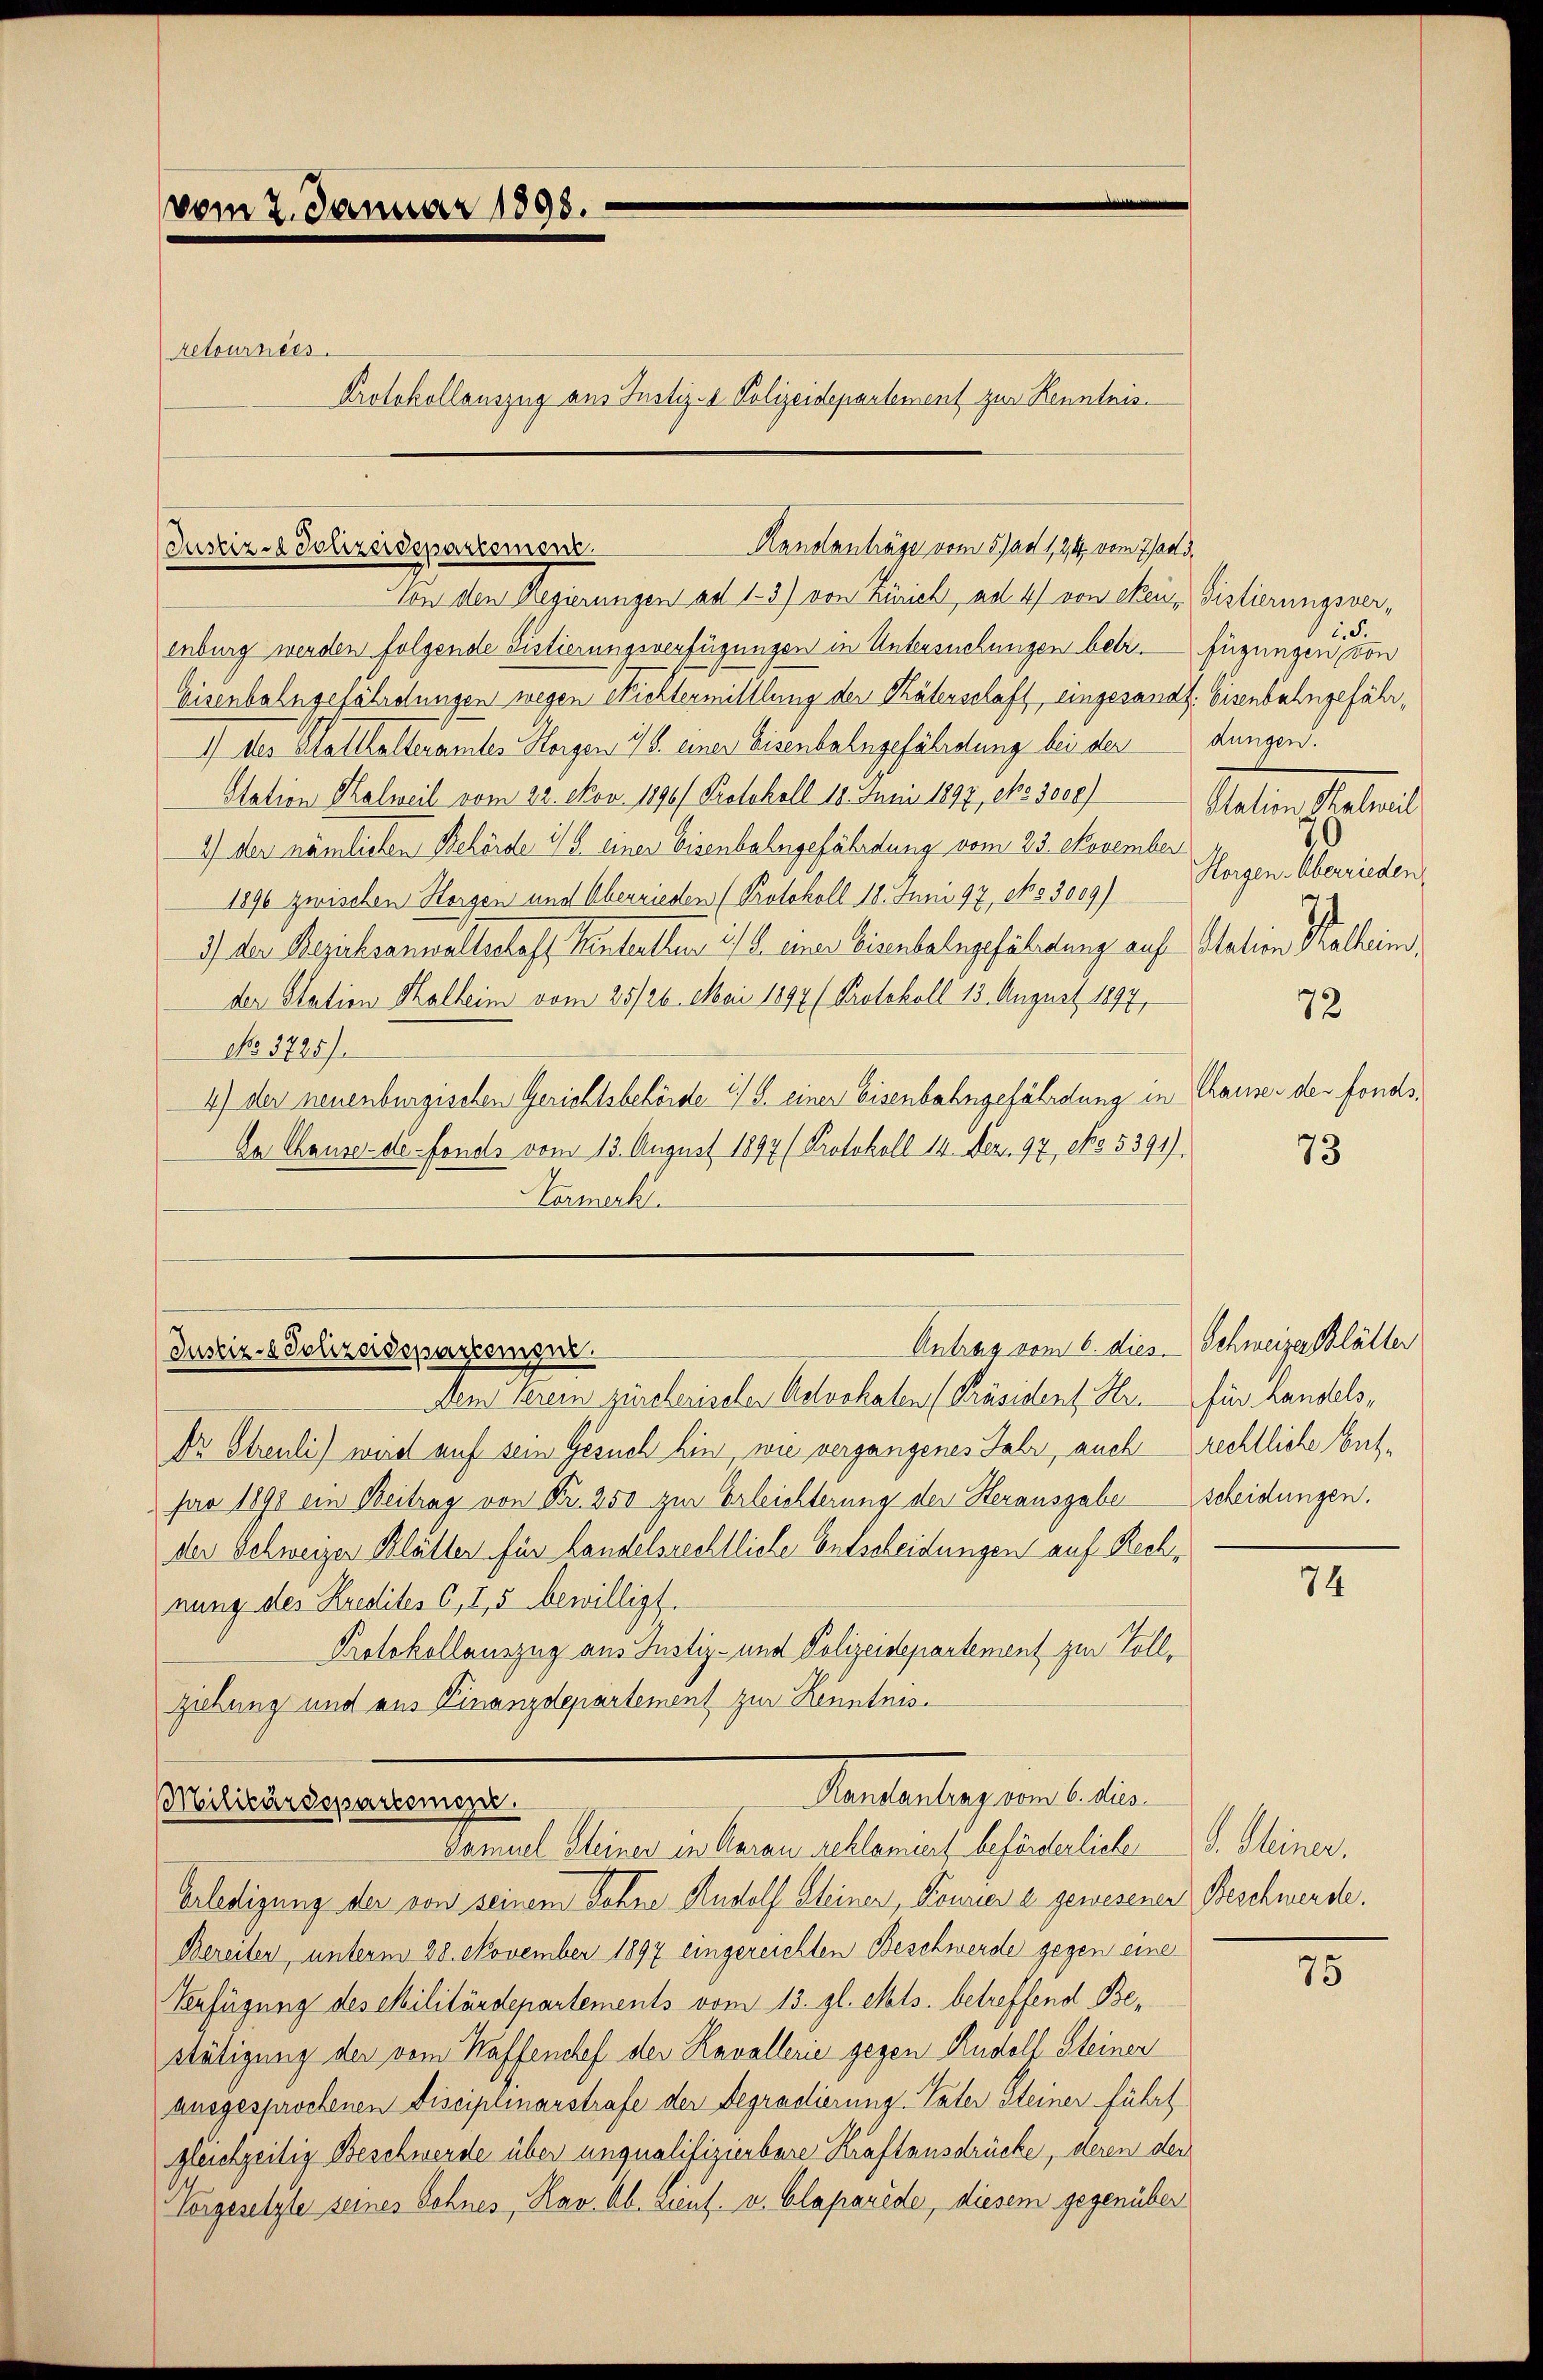
vom 2. Januar 1898.
retournées.
Protokollauszug aus Justiz- & Polizeidepartement zur Kenntnis.

Randanträge vom 5) ad 1214, vom 7 sand.
Justiz - Polizeidepartement.

Antrag vom 6. dies Schweizer Blätter
Dem Serem zürcherischen Kelvohaten [Präsident Hr. für Landels,
Dr Streuli) wird auf sein Gesuch hin, wie vergangenes Jahr, auch
par 1891 ein Beitrag von Fr. 250 zur Erleichterung der Herausgabe
der Schweizer Blätter für Landelsrechtliche Entscheidungen auf Rechnung des Kredites C, 1,5 bewilligt.
Protokollauszug aus Justiz- und Polizeidepartement zur Vollziehung und aus Finanzdepartement zur Kenntnis¬
Aenden lag und die
Militärdepartemen
Samuel Steiner in Aarau geklamirt beförderlichen
Erledigung der von seinem Bohne Rudolf Steiner, Fourien e gewesener Beschwerde.
Bereiten, unterm 28. November 1897 eingereichten Beschwerde gegen eine
Verfügung des Militärdepartements vom 13. gl. Mts. betreffend Bestätigung der vom Waffenchef der Kavallerie gegen Rudolf Steiner
ausgesprochenen Fisciplinarstrafe der Begradierung. Vater Steiner führt
gleichzeitig Beschwerde über unqualifizierbare Kraftausdrücke, deren der
Vorgesetzte seines Sohnes, Kav. Ab. Lieut. v. Glaparide, diesem gegenüber

(Justiz- & Polizeidepartement.

Von den Regierungen ad 1-3) von Zürich, ad 4) von Neu - Sistierungsver-
enburg werden folgende Sistierungsverfügungen in Untersuchungen betr. Fügungen, von

Eisenbahngefährdungen wegen Nichtermittlung der Thäterschaft eingesandt. Eisenbahngefähr¬
1) des Platthalteramtes Horgen, 18. einer Eisenbahngefährdung bei der dungen.
Station Kalweil vom 22. Nov. 1896/ Protokoll 18. Juni 1897, eto 3000)
1) der nämlichen Behörde 1/6 einer Eisenbahngefährdung vom 23. November
1890 zwischen Horgen und Überrieden (Protokoll 18. Juni 197, No 3009)
2) der Bezirksanwaltschaff Kenterther, 1/4. einer Eisenbahngefährtung auf Station Kalheim
der Station Malheim vom 25/26. Mai 1894 (Protokoll 13. August 1897,
No. 3725).
4) der neuenburgischen Gerichtsbehörde 2) S. einer Eisenbahngefährdung in Chaiser der Fonds¬
Da Chauser de-Fonds vom 13. August 1897 (Protokoll 14. Dez. 97, No. 5391).
Hermach

id.
Talen latent
70
Horgen. Überrieden

72

73

rechtliche Betscheidungen.

74

d. Steiner,

75